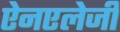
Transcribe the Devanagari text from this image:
ऐनएलेजी